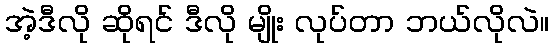
အဲ့ဒီလို ဆိုရင် ဒီလို မျိုး လုပ်တာ ဘယ်လိုလဲ။